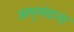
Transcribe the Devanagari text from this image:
अमृमंथना